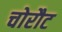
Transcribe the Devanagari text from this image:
चोरौट